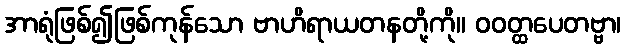
အာရုံဖြစ်၍ဖြစ်ကုန်သော ဗာဟိရာယတနတို့ကို။ ဝဝတ္ထပေတဗ္ဗာ၊